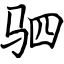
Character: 驷